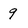
Character: 9